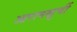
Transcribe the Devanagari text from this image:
आरामखुर्ची